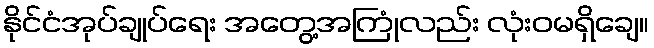
နိုင်ငံအုပ်ချုပ်ရေး အတွေ့အကြုံလည်း လုံးဝမရှိချေ။